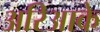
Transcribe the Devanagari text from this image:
अरिआके